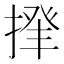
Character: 𢰰